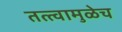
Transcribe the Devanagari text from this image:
तत्त्वामुळेच